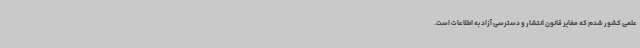
علمی کشور شدم که مغایر قانون انتشار و دسترسی آزاد به اطلاعات است.